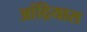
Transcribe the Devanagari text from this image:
आंद्रियास